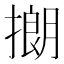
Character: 𪮡